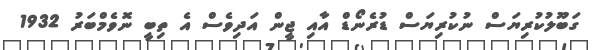
ގަބޫލުކުރިޔަސް ނުކުރިޔަސް ޑުރެނޯޑް އާއި ޖީން އަދިވެސް އެ ތިބީ ނޮވެމްބަރު 1932